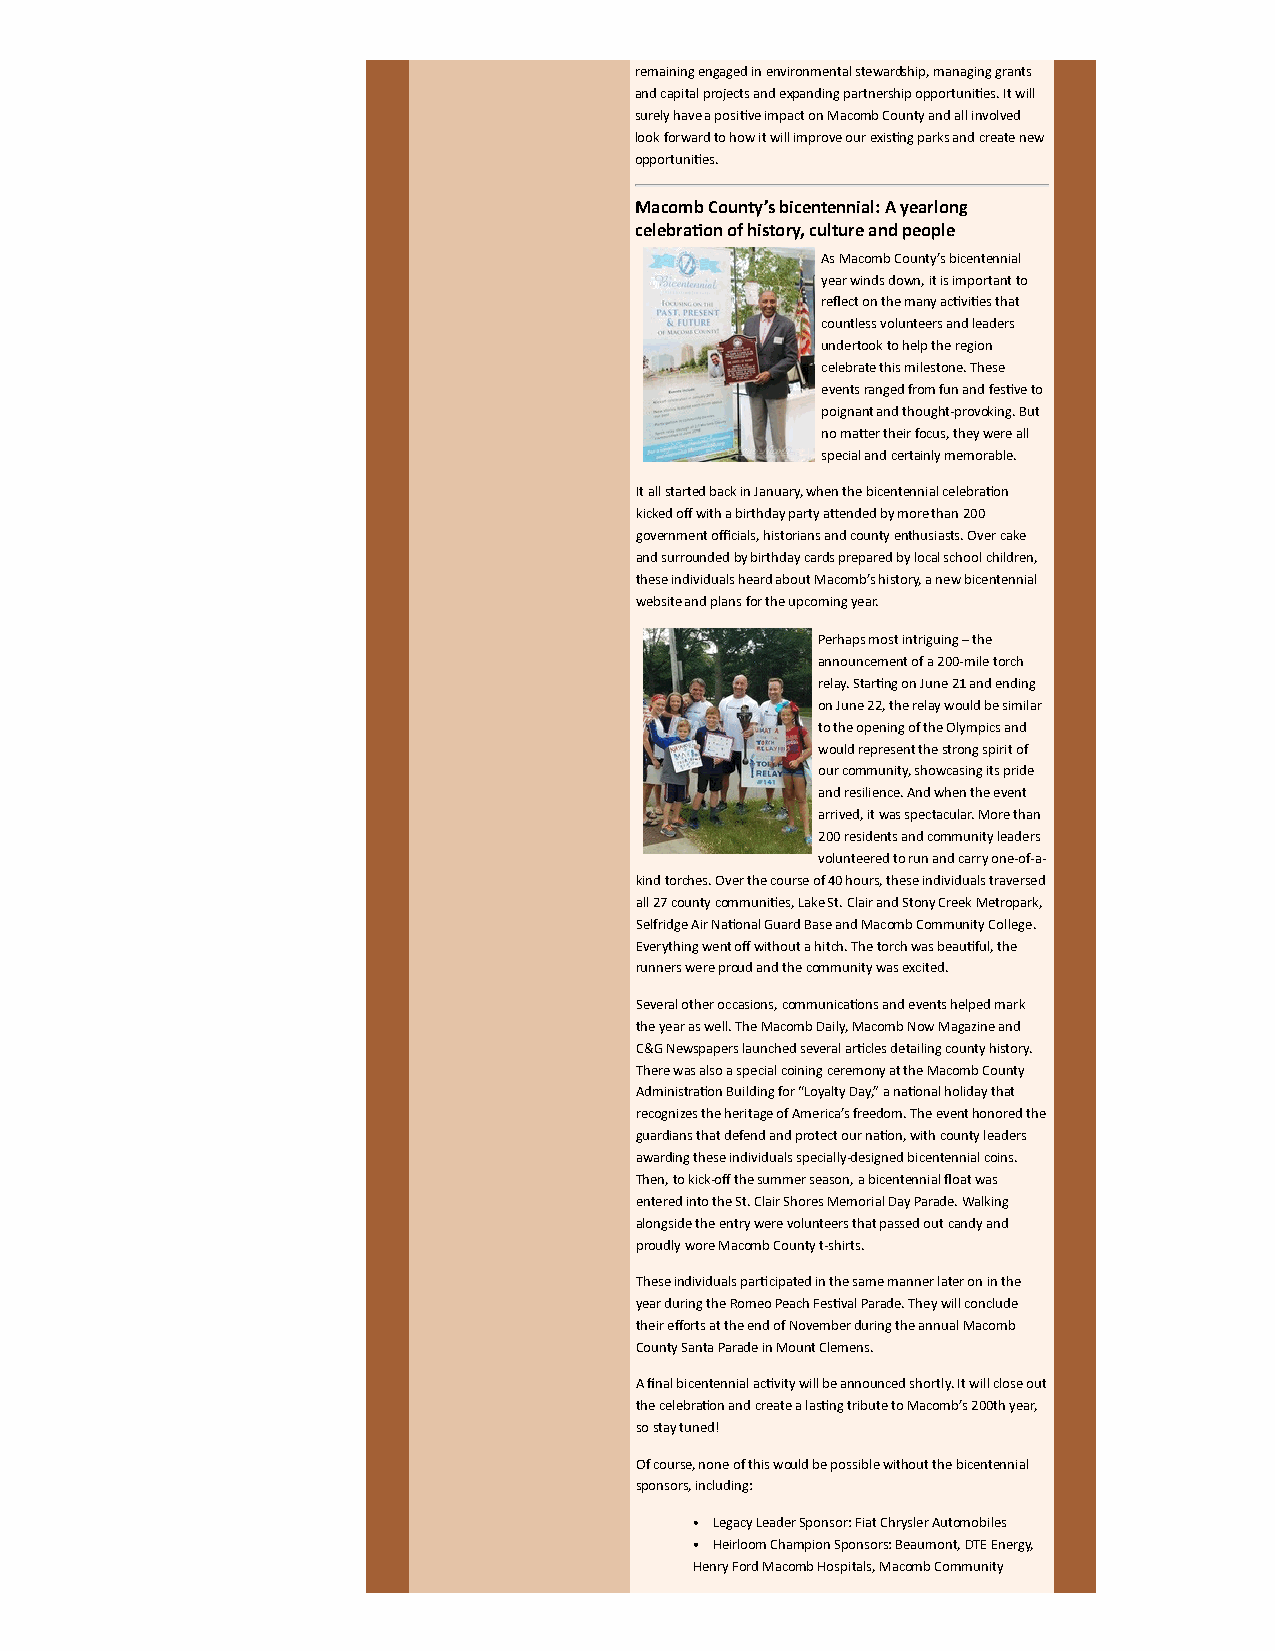
remaining engaged in environmental stewardship, managing grants
 and capital projects and expanding partnership opportunies. It will
 surely have a posive impact on Macomb County and all involved
 look forward to how it will improve our exisng parks and create new
 opportunies.
 Macomb County’s bicentennial: A yearlong
 celebraon of history, culture and people
 As Macomb County’s bicentennial
 year winds down, it is important to
 reflect on the many acvies that
 countless volunteers and leaders
 undertook to help the region
 celebrate this milestone. These
 events ranged from fun and fesve to
 poignant and thought-provoking. But
 no maer their focus, they were all
 special and certainly memorable.
 It all started back in January, when the bicentennial celebraon
 kicked off with a birthday party aended by more than 200
 government officials, historians and county enthusiasts. Over cake
 and surrounded by birthday cards prepared by local school children,
 these individuals heard about Macomb’s history, a new bicentennial
 website and plans for the upcoming year.
 Perhaps most intriguing – the
 announcement of a 200-mile torch
 relay. Starng on June 21 and ending
 on June 22, the relay would be similar
 to the opening of the Olympics and
 would represent the strong spirit of
 our community, showcasing its pride
 and resilience. And when the event
 arrived, it was spectacular. More than
 200 residents and community leaders
 volunteered to run and carry one-of-a-
 kind torches. Over the course of 40 hours, these individuals traversed
 all 27 county communies, Lake St. Clair and Stony Creek Metropark,
 Selfridge Air Naonal Guard Base and Macomb Community College.
 Everything went off without a hitch. The torch was beauful, the
 runners were proud and the community was excited.
 Several other occasions, communicaons and events helped mark
 the year as well. The Macomb Daily, Macomb Now Magazine and
 C&G Newspapers launched several arcles detailing county history.
 There was also a special coining ceremony at the Macomb County
 Administraon Building for “Loyalty Day,” a naonal holiday that
 recognizes the heritage of America’s freedom. The event honored the
 guardians that defend and protect our naon, with county leaders
 awarding these individuals specially-designed bicentennial coins.
 Then, to kick-off the summer season, a bicentennial float was
 entered into the St. Clair Shores Memorial Day Parade. Walking
 alongside the entry were volunteers that passed out candy and
 proudly wore Macomb County t-shirts.
 These individuals parcipated in the same manner later on in the
 year during the Romeo Peach Fesval Parade. They will conclude
 their efforts at the end of November during the annual Macomb
 County Santa Parade in Mount Clemens.
 A final bicentennial acvity will be announced shortly. It will close out
 the celebraon and create a lasng tribute to Macomb’s 200th year,
 so stay tuned!
 Of course, none of this would be possible without the bicentennial
 sponsors, including:
 Legacy Leader Sponsor: Fiat Chrysler Automobiles
 Heirloom Champion Sponsors: Beaumont, DTE Energy,
 Henry Ford Macomb Hospitals, Macomb Community